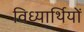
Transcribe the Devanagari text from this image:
विध्यार्थियों